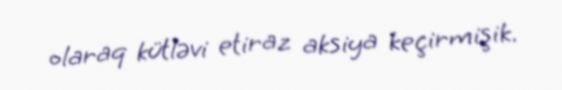
olaraq kütləvi etiraz aksiya keçirmişik.